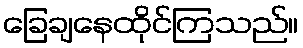
ခြေချနေထိုင်ကြသည်။